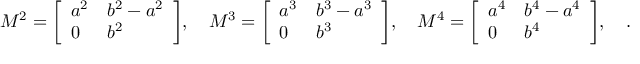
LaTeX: M ^ { 2 } = { \left[ \begin{array} { l l } { a ^ { 2 } } & { b ^ { 2 } - a ^ { 2 } } \\ { 0 } & { b ^ { 2 } } \end{array} \right] } , \quad M ^ { 3 } = { \left[ \begin{array} { l l } { a ^ { 3 } } & { b ^ { 3 } - a ^ { 3 } } \\ { 0 } & { b ^ { 3 } } \end{array} \right] } , \quad M ^ { 4 } = { \left[ \begin{array} { l l } { a ^ { 4 } } & { b ^ { 4 } - a ^ { 4 } } \\ { 0 } & { b ^ { 4 } } \end{array} \right] } , \quad \ldots